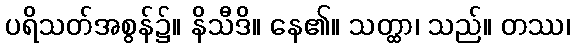
ပရိသတ်အစွန်၌။ နိသီဒိ။ နေ၏။ သတ္ထာ၊ သည်။ တဿ၊